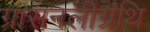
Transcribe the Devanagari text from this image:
ग्रासनलीग्रंथि